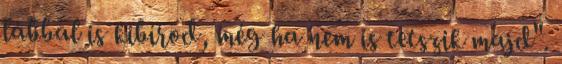
lábbal is kibírod, még ha nem is tetszik majd".